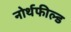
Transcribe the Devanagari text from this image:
नोर्थफील्ड